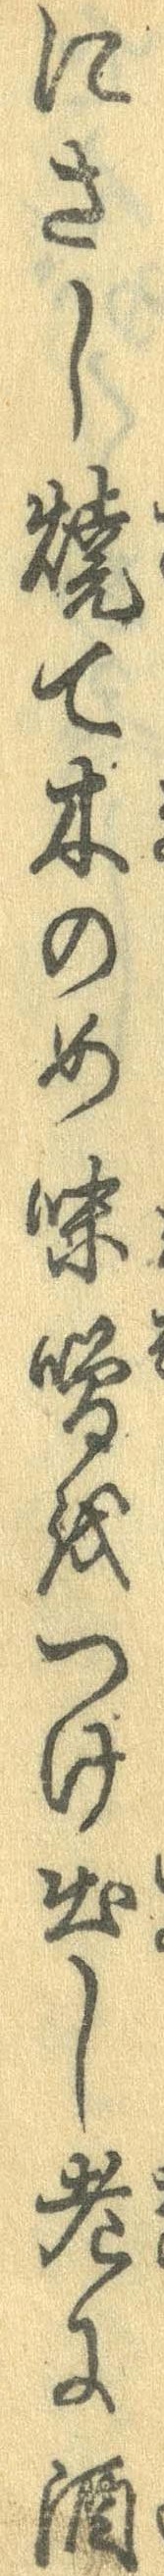
にさし焼て木のめ味噌をつけ出し老に酒